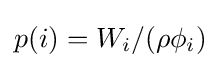
p(i)=W_{i}/(\rho \phi _{i})